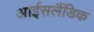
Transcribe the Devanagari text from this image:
आईसलैंडिक